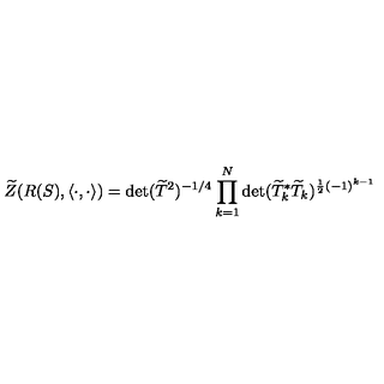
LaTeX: \widetilde { Z } ( R ( S ) , \langle \cdot , \cdot \rangle ) = \det ( \widetilde { T } ^ { 2 } ) ^ { - 1 / 4 } \prod _ { k = 1 } ^ { N } \det ( \widetilde { T } _ { k } ^ { * } \widetilde { T } _ { k } ) ^ { \frac { 1 } { 2 } ( - 1 ) ^ { k - 1 } }